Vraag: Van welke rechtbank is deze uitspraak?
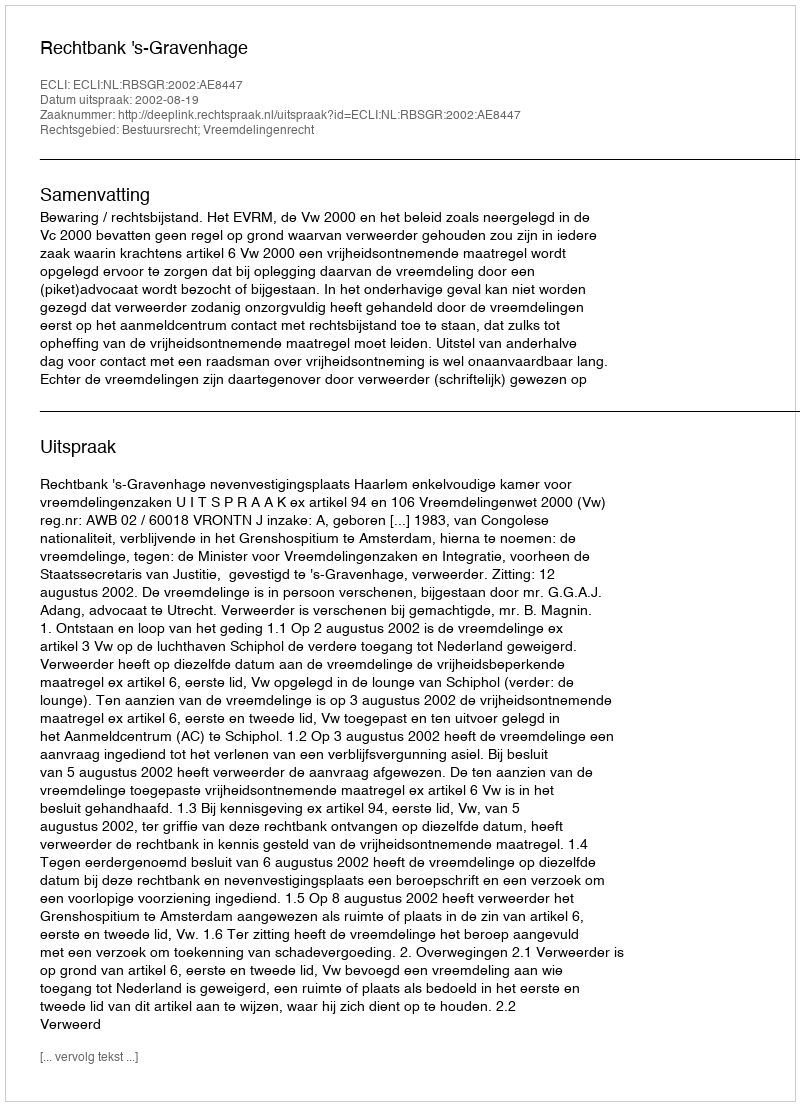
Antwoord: Rechtbank 's-Gravenhage